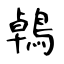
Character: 鵫